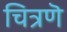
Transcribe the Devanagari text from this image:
चित्रणॆ